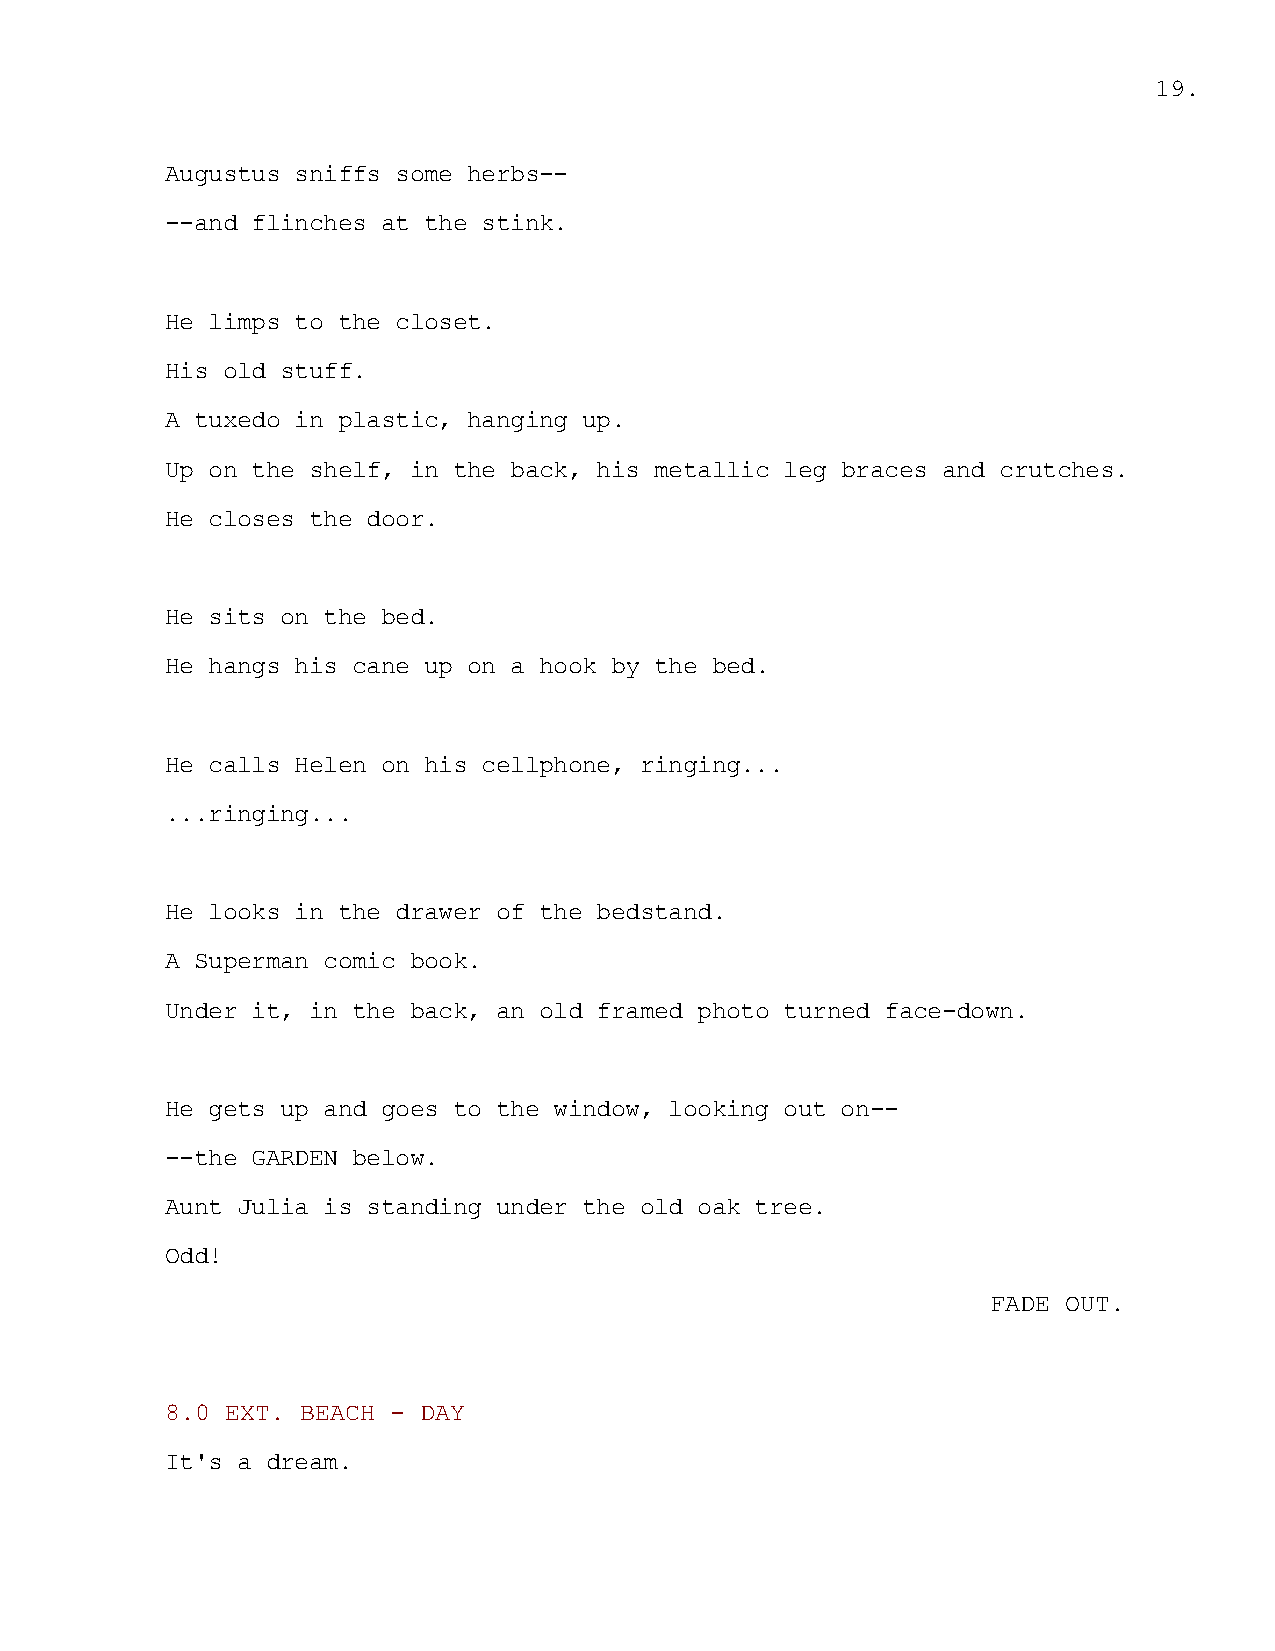
19.
 Augustus sniffs some herbs--
 --and flinches at the stink.
 He limps to the closet.
 His old stuff.
 A tuxedo in plastic, hanging up.
 Up on the shelf, in the back, his metallic leg braces and crutches.
 He closes the door.
 He sits on the bed.
 He hangs his cane up on a hook by the bed.
 He calls Helen on his cellphone, ringing...
 ...ringing...
 He looks in the drawer of the bedstand.
 A Superman comic book.
 Under it, in the back, an old framed photo turned face-down.
 He gets up and goes to the window, looking out on--
 --the GARDEN below.
 Aunt Julia is standing under the old oak tree.
 Odd!
 FADE OUT.
 8.0 EXT. BEACH - DAY
 It's a dream.